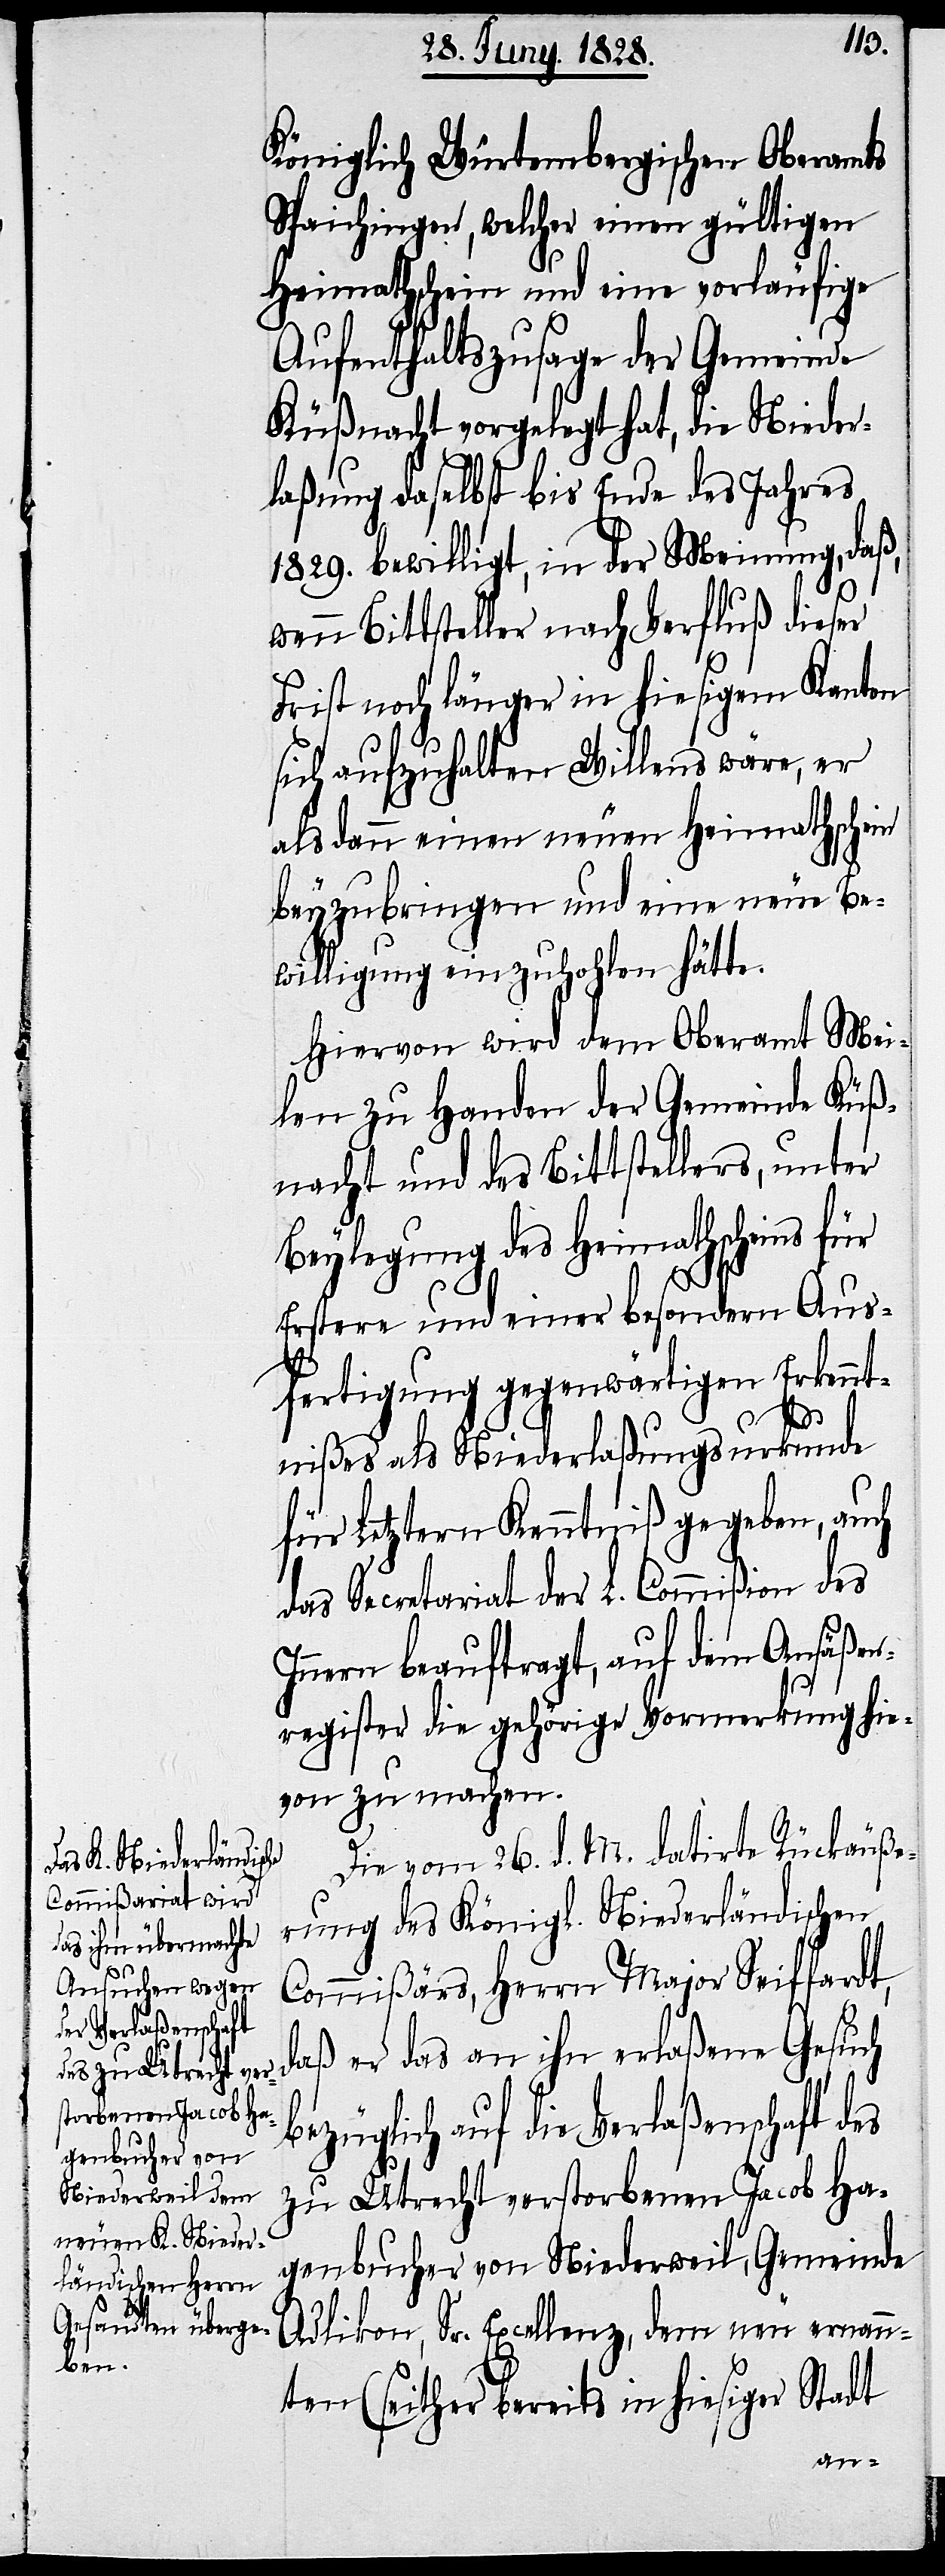
Königlich Würtembergischen Oberamts
Spaichingen, welcher einen gültigen
Heimathschein und eine vorläufige
Aufenthaltszusage der Gemeinde
Küßnacht vorgelegt hat, die Nieder¬
laßung daselbst bis Ende des Jahres
1829. bewilligt, in der Meinung, daß,
wenn Bittsteller nach Verfluß dieser
Frist noch länger in hiesigem Kanton
sich aufzuhalten Willens wäre, er
als dann einen neuen Heimathschein
beyzubringen und eine neue Be¬
willigung einzuhohlen hätte.
Hiervon wird dem Oberamt Mei¬
len zu Handen der Gemeinde Küß¬
nacht und des Bittstellers, unter
Beylegung des Heimathscheins für
Erstere und einer besondern Aus¬
fertigung gegenwärtigen Erkennt¬
nißes als Niederlaßungsurkunde
für Letztern Kenntniß gegeben, auch
das Secretariat der L. Commißion des
Innern beauftragt, auf dem Ansäßen¬
register die gehörige Vormerkung hie¬
von zu machen.
Die vom 26. d. M. datirte Rückäuße¬
rung des Königl. Niederländischen
Commißärs, Herrn Major Seiffardt,
daß er das an ihn erlaßene Gesuch
bezüglich auf die Verlaßenschaft des
zu Utrecht verstorbenen Jacob Ha¬
genbucher von Niederweil, Gemeinde
Adlikon, Sr. Excellenz, dem neu ernann¬
ten (seither bereits in hiesiger Stadt